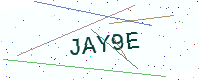
Text: JAY9E